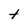
Character: t